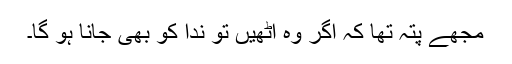
مجھے پتہ تھا کہ اگر وہ اٹھیں تو ندا کو بھی جانا ہو گا۔